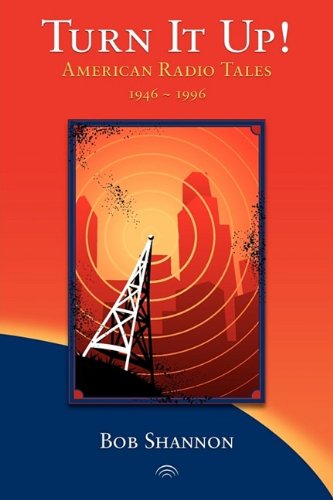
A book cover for Turn It Up! American Radio Tales 1946-1996; Bob Shannon; Humor & Entertainment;